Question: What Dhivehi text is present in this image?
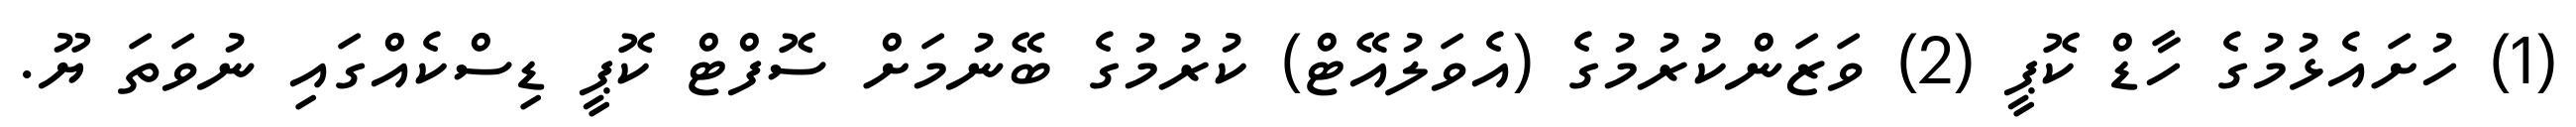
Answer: (1) ހުށައެޅުމުގެ ހާޑް ކޮޕީ (2) ވަޒަންކުރުމުގެ (އެވަލުއޭޓް) ކުރުމުގެ ބޭނުމަށް ސޮފްޓް ކޮޕީ ޑިސްކެއްގައި ނުވަތަ ޔޫ.